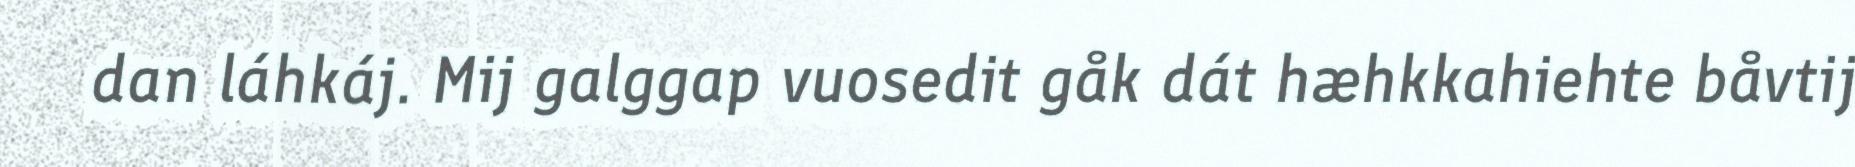
dan láhkáj. Mij galggap vuosedit gåk dát hæhkkahiehte båvtij